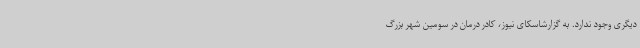
دیگری وجود ندارد. به گزارشاسکای نیوز، کادر درمان در سومین شهر بزرگ